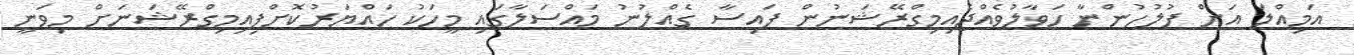
އަމިއްލަ އަށް ފުލުހުންނާ ހަވާލުވެއްޖެއިމިގްރޭޝަނުން ފައިސާ ގެއްލުނު މައްސަލާގައި މީހަކު ހައްޔަރުކޮށްފިއިމިގްރޭޝަނަށް މިވަނީ